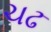
ચઢ